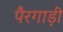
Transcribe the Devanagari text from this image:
पैरगाड़ी